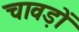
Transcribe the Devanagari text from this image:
चावड़ों